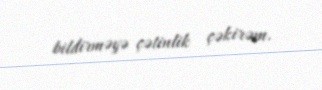
bildirməyə çətinlik çəkirəm.